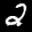
Label: 2